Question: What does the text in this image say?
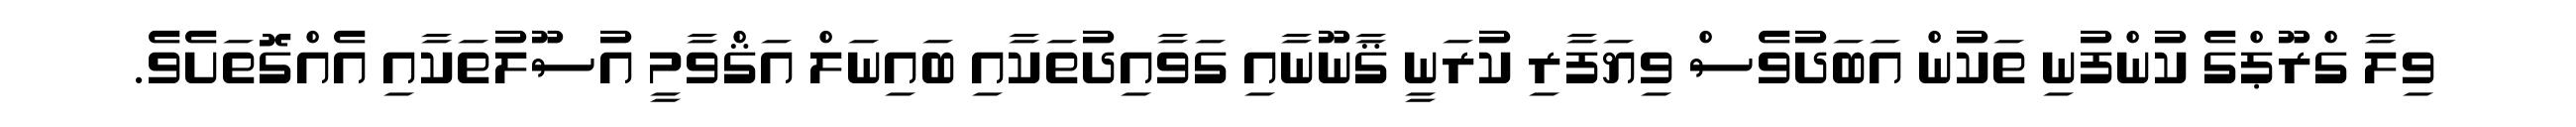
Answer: ވިލާ ގްރޫޕްގެ ކުންފުނި ތަކުން އަބަދުވެސް ވިޔަފާރި ކުރަނީ ޤާނޫނާއި ގަވާއިދުތަކާއި ބައިނަލް އަޤްވާމީ އުސޫލުތަކާއި އެއްގޮތަށެވެ.